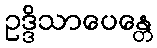
ဥဒ္ဒိသာပေန္တေ